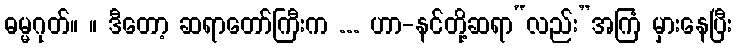
ဓမ္မဂုတ်။ ။ ဒီတော့ ဆရာတော်ကြီးက ... ဟာ-နင်တို့ဆရာ“လည်း”အကြံ မှားနေပြီး